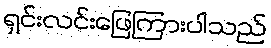
ရှင်းလင်းဖြေကြားပါသည်